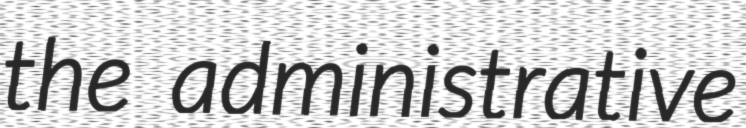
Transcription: the administrative